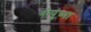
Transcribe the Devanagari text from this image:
गोपुंच्या